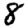
Digit: 8